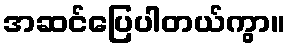
အဆင်ပြေပါတယ်ကွာ။